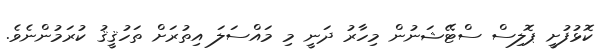
ކޮޅުފުށީ ޕޮލިސް ސްޓޭޝަނުން މިހާރު ދަނީ މި މައްސަލަ އިތުރަށް ތަހުޤީޤު ކުރަމުންނެވެ.